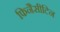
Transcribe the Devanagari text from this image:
फिनैसीटिन